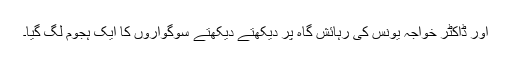
اور ڈاکٹر خواجہ یونس کی رہائش گاہ پر دیکھتے دیکھتے سوگواروں کا ایک ہجوم لگ گیا۔